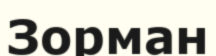
Зорман